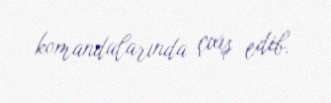
komandalarında çıxış edib.